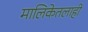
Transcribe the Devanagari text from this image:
मालिकेतलाही